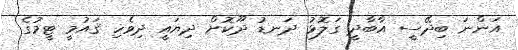
އަންނަ ބިދޭސީ އާބާދީ ގަލޮޅު ދަނޑު ދޫކޮށް ދިޔައީ ދިވެހި ޤައުމީ ޓީމުގެ